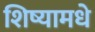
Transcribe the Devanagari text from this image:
शिष्यामधे